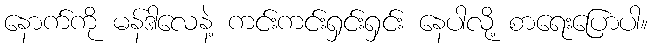
နောက်ကို မန်ဒါလေနဲ့ ကင်းကင်းရှင်းရှင်း နေပါလို့ စာရေးပြောပါ။